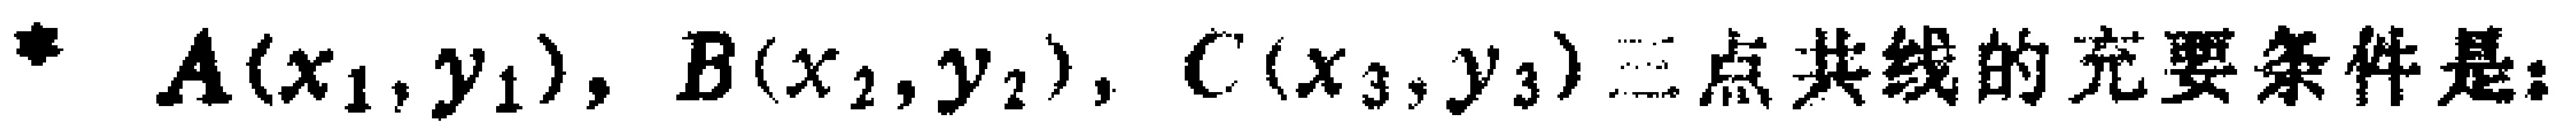
$A(x_1,y_1),B(x_2,y_2),C(x_3,y_3)$三点共线的充要条件是：